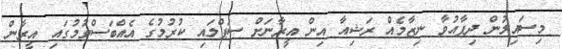
މިސައިލުން ދިފާއުވާ ނިޒާމެއް ރަޝިއާ އިން އީރާނަށް ސަޕްލައި ކުރުމުގެ އެއްބަސްވުމުގައި އީރާން